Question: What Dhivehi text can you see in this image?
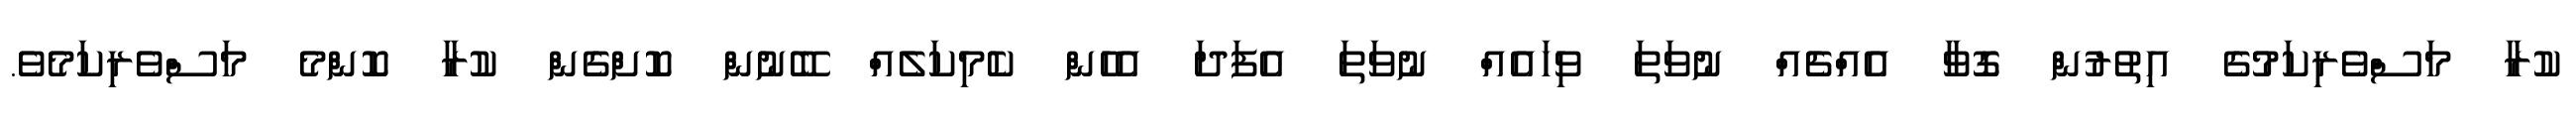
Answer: ކުރާ މަސްވެރިކަމުގެ އިތުރުން ގޮވާ އެއްޗެއް ނުވަތަ ވިހައެއް ނުވަތަ އެފަދަ އެހެން ކެމިކަލެއް ބޭނުން ކޮށްގެން ކުރާ ކޮންމެ މަސްވެރިކަމެވެ.